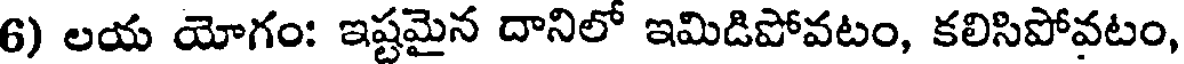
6) లయ యోగం: ఇష్టమైన దానిలో ఇమిడిపోవటం, కలిసిపోవటం,